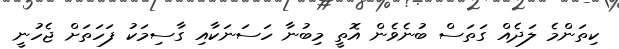
ކިތަންމެ ލަދެއް ގަތަސް ބުނެވެން އޮތީ މިބުނާ ހަސަނަކާއި ގާސިމަކު ފަހަތަށް ޖެހުނީ